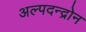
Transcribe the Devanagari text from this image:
अल्पदन्द्रोन